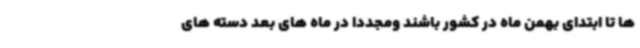
ها تا ابتدای بهمن ماه در کشور باشند ومجددا در ماه های بعد دسته های